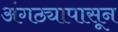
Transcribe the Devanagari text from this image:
अंगठ्यापासून